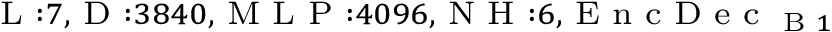
_ { \textrm { L } : 7 , \textrm { D } : 3 8 4 0 , \textrm { M L P } : 4 0 9 6 , \textrm { N H } : 6 , \textrm { E n c D e c } _ { \textrm { B } 1 } }